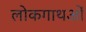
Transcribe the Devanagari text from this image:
लोकगाथओं